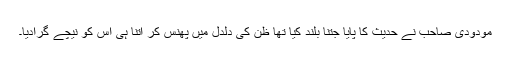
مودودی صاحب نے حدیث کا پایا جتنا بلند کیا تھا ظن کی دلدل میں پھنس کر اتنا ہی اس کو نیچے گرادیا۔